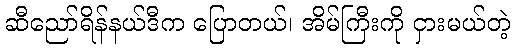
ဆီညော်ရိန်နယ်ဒီက ပြောတယ်၊ အိမ်ကြီးကို ငှားမယ်တဲ့